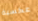
عكسية